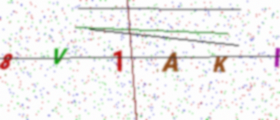
Text: 8V1AKI